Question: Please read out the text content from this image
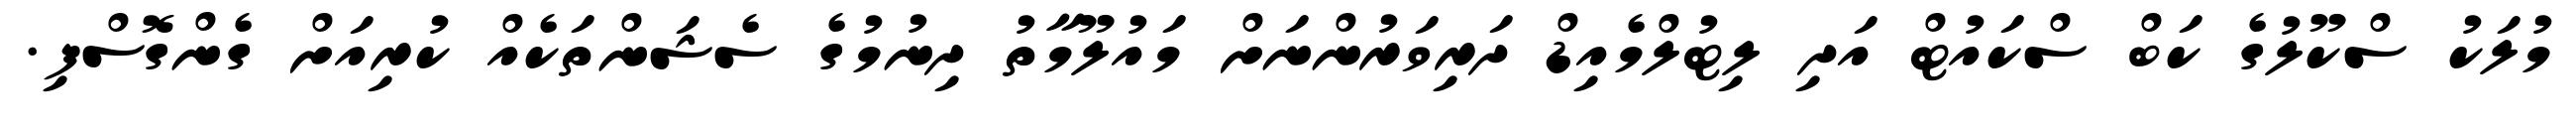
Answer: މުލަކު ސްކޫލުގެ ކަބް ސްކައުޓް އަދި ލިޓުލްމެއިޑް ދަރިވަރުންނަށް މައުލޫމާތު ދިނުމުގެ ސެޝަންތަކެއް ކުރިއަށް ގެންގޮސްފި.